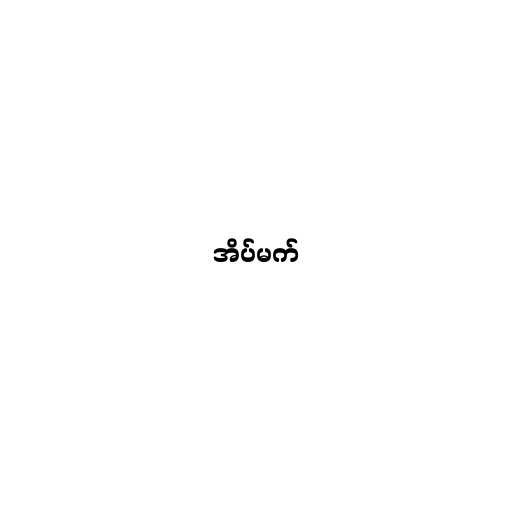
အိပ်မက်